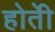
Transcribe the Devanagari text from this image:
होतेी